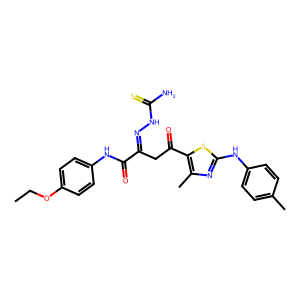
SMILES: CCOc1ccc(NC(=O)C(CC(=O)c2sc(Nc3ccc(C)cc3)nc2C)=NNC(N)=S)cc1
Inhibits HIV replication: No